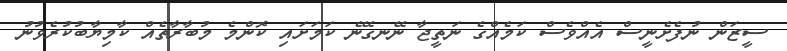
ސީޒަން ނުފެށެނީސް އެއްވެސް ކަމެއްގެ ނަތީޖާ ނޭނގޭނެ ކަމަށައި ކޮންމެ މުބާރާތެއް ކާމިޔާބުކުރެވުނު